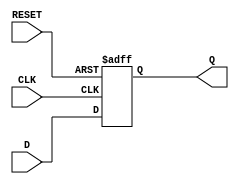
module RSFF(CLK, RESET, D, Q);
   input CLK, RESET;
   input D;
   output Q;
   reg 	  Q;

   always @(posedge CLK or posedge RESET) begin
	  if(RESET)
		Q <= 0;
	  else
		Q <= D;
   end
   
endmodule